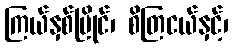
ကြယ်နှစ်ပြိုင်၊ စိတြငယ်နှင့်၊